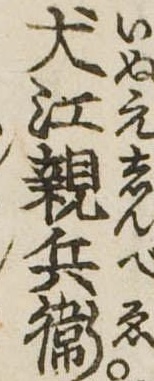
犬江親兵衛